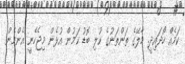
ކަމެއް ހޯދައިދީ. މާލޭގެ ތަންތަނުގެ ކުލި ބޮޑު ކަމުން އުޅެން މިޖެހެނީ އެންމެން